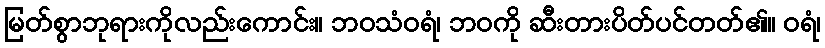
မြတ်စွာဘုရားကိုလည်းကောင်း။ ဘဝသံဝရံ၊ ဘဝကို ဆီးတားပိတ်ပင်တတ်၏။ ဝရံ၊